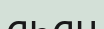
аһан